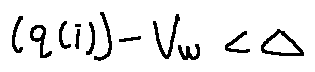
( q ( i ) ) - V _ { w } < \Delta